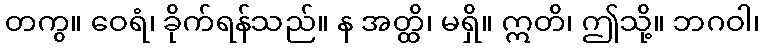
တကွ။ ဝေရံ၊ ခိုက်ရန်သည်။ န အတ္ထိ၊ မရှိ။ ဣတိ၊ ဤသို့။ ဘဂဝါ၊